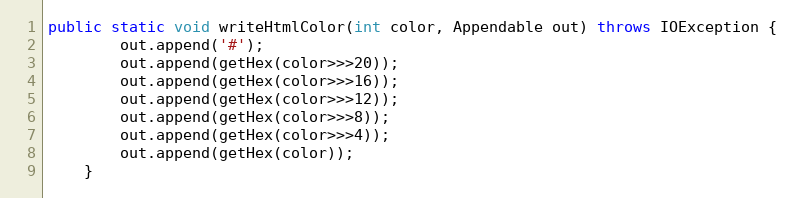
Language: Java
public static void writeHtmlColor(int color, Appendable out) throws IOException {
		out.append('#');
		out.append(getHex(color>>>20));
		out.append(getHex(color>>>16));
		out.append(getHex(color>>>12));
		out.append(getHex(color>>>8));
		out.append(getHex(color>>>4));
		out.append(getHex(color));
	}